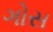
ગોસ